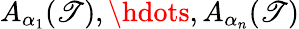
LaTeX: A_{\alpha_{1}}(\mathscr{T}),\hdots,A_{\alpha_{n}}(\mathscr{T})